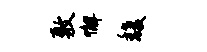
敷懈馥